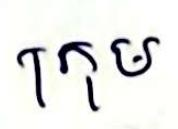
ក្រុម